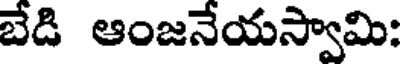
బేడి ఆంజనేయస్వామి: